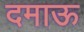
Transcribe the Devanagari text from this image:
दमाऊ